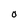
Character: O